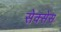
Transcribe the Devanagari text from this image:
सेक्सेस